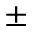
\pm